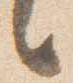
言